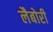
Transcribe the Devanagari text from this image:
लैबोरी